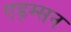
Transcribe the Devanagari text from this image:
एड्म्सन